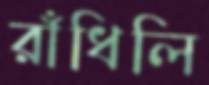
রাঁধিলি